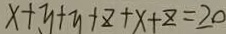
x + y + y + z + x + z = 2 0